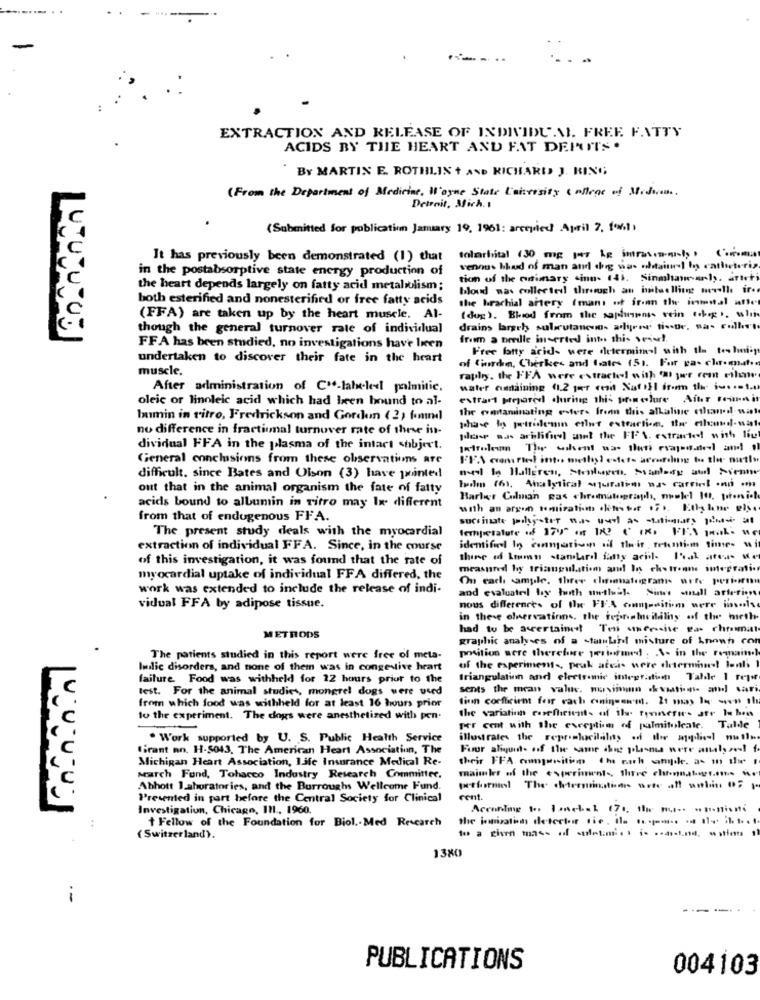
EXTRACTION AND RELEASE OF INDIVIDUAL FREE FATTY
ACIDS BY THE HEART AND FAT DEPUIT'S .
BY MARTIN E. ROTHLIN + AND RICHARD J. KING
(From the Department of Medicine, Wayne State Canvesity College of Medan.
Detroit, Mich. 1
(Submitted for publication January 19, 1961: arequied April 7. fast
It has previously been demonstrated (1) that
solarivital (30 mg par le inmany, Comma
in the postabsorptive state energy production of
venous blud of man and the was obtained ho catheteris
tion of the orimary sinn- 143. Sinmlanearly, arteti
the heart depends largely on fatty acid metabolism;
bloud nas collected through an initelling mevalle ir.
both esterified and nonesterified or free fatty acids
the brachial artery (man of iran the inmental afte
(FFA) are taken up by the heart muscle. Al-
( dug). Blood from the saphans sein odes. whin
though the general turnover rate of individual
drains largely subcutaneuno- arlirer ti -- De. na- culbert
from a berdle inserted into this vener !.
FFA has been studied, no investigations have Ireen
Free fatty acid- were determinal with the te hniy
undertaken to discover their fate in the heart
of Gjorde, Cherkes and tales 151. For pas cho.maten
muscle.
raphy. the FFA were extracted! with 'AI yer rem Film
After administration of C"-labeleel palmitic.
water cumaining (1.2 per cesit Xat IEl from the iss .= t.
oleic or linoleic acid which had been bound to al-
extrart Mejared during this porn olure After remmais
the wataninating oster. frenn this alkaline cthand wat
Inimin in vitro, Fredrickson and Gordon (2) found
no difference in fractional turnover rate of these is-
pohave tos pettise'nin erint extortion, twee ethonnef- win
place sus arislife at the FF'S. extracted with live
dividual FFA in the plasma of the intact subject.
General conclusions from these observations are
difficult. since Bates and Olson (3) have printed
out that in the animal organism the fate of fatty
boden (6), Analytical siquirations was carried onn .
Barber Colman gas chromatography, mulel It, poroni -!
acids bound to albumin in vitro may Ir different
with an argen tomiration sketestof 17 .. Ethy lene gly.
from that of endogenous FFA.
The present study deals with the myocardial
extraction of individual FFA. Since, in the course
identifiel Io conmation of their retention time- wi
of this investigation, it was found that the rate of
there of Loumn standardl fatty aciil- 1al area. Me
measured by triangulation and In ckstronne imeprati.
myocardial uptake of individual FFA differed, the
On each ample. three chanatogram orfe perform
work was extended to include the release of indi-
and evaluatel by hoth mutluil- Sines small arterien
vidual FFA by adipose tissue.
nous differences of Ilw FFA connasitim were insols
in these elnervations, the reprisheilalny of the hieth-
had to be ascertainest Twi uncroise was chromat
METRODS
graphic analyses of a -taulard misture of known cor
position sere therefore periodmed . \- in the remain.)
The patients studied in this report were free of meta-
Imilic disorders, and none of them was in congestive heart
of the experiment -, peak atea- were determined! lonls
failure. Food was withheld for 22 hours prior to the
triangulation and electronic integratin Talde 1 repor
test. For the animal studies, mongrel dogs were used
sents the mean value. maviman s& viations and sari
finn coefficient for cach cininumw'm. 21 may lo son sh
from which food was withheld for at least 16 hours prior
to the experiment. The dogs were anesthetized with pen.
the variation coefficient- of the rymmerw's atr lu hon
per cent with the exception of palmitoleate. Talde
. Work supported by U. S. Public Health Service
illustrates the reproducibility of the agliel matt
tirant an, H-5043, The American Heart Association, The
Fuor aliquit- off the same abig plasma were analyses! f
Michigan Heart Association, life Insurance Medical Re-
their FFA comparsitim the eth samyde. a- in the !
maisles of the experiment -, thrve chtennaboer ..... ..
March Fund, Tobacco Industry Research Committee.
Abhott 1 ahoratories, and the Burroughs Wellcome Fund.
Presented in part before the Central Society for Clinical
rent.
Investigation, Chicago, I11 ., 1960.
According to. Janela2 170. the ms -- - - nisa
t Fellow of the Foundation for Biol .. Med Rescarch
( Switzerland).
1380
PUBLICATIONS
004103